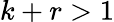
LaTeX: k+r>1